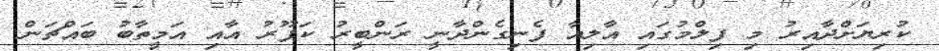
ކުރިޔަށްދާއިރު މި ފިލްމުގައި އާލިއާ ފެނިގެންދާނީ ރަންބީރު ކަޕޫރު އާއި އަމީތާބު ބައްޗަން